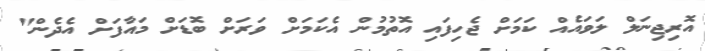
އޮރިޖިނަލް ލަވައެއް ކަމަށް ޖެހިފައި އޮތުމުން އެކަމަށް ވަރަށް ބޮޑަށް މައާފަށް އެދެން"